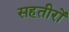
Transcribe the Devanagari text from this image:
सहतीरों